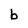
Character: b